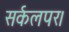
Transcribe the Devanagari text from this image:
सर्कलपर।